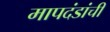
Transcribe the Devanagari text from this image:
मापदंडांची